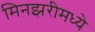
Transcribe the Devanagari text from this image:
मिनझरीमध्ये